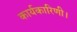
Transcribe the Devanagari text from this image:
कार्यकारिणी।